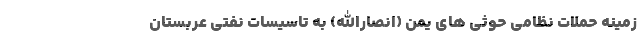
زمینه حملات نظامی حوثی های یمن (انصارالله) به تاسیسات نفتی عربستان